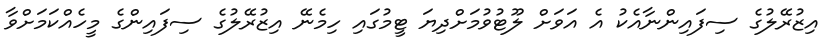
އިޒުރޭލުގެ ސިފައިންނާއެކު އެ އަވަށް ލޫޓުވުމަށްދިޔަ ޓީމުގައި ހިމެނޭ އިޒުރޭލުގެ ސިފައިންގެ މީހެއްކަމަށްވާ